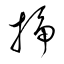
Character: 插